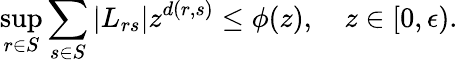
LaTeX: \operatorname*{sup}_{r\in S}{\sum_{s\in S}{|L_{rs}|z^{d(r,s)}\le\phi(z)}},\quad z\in[0,\epsilon).